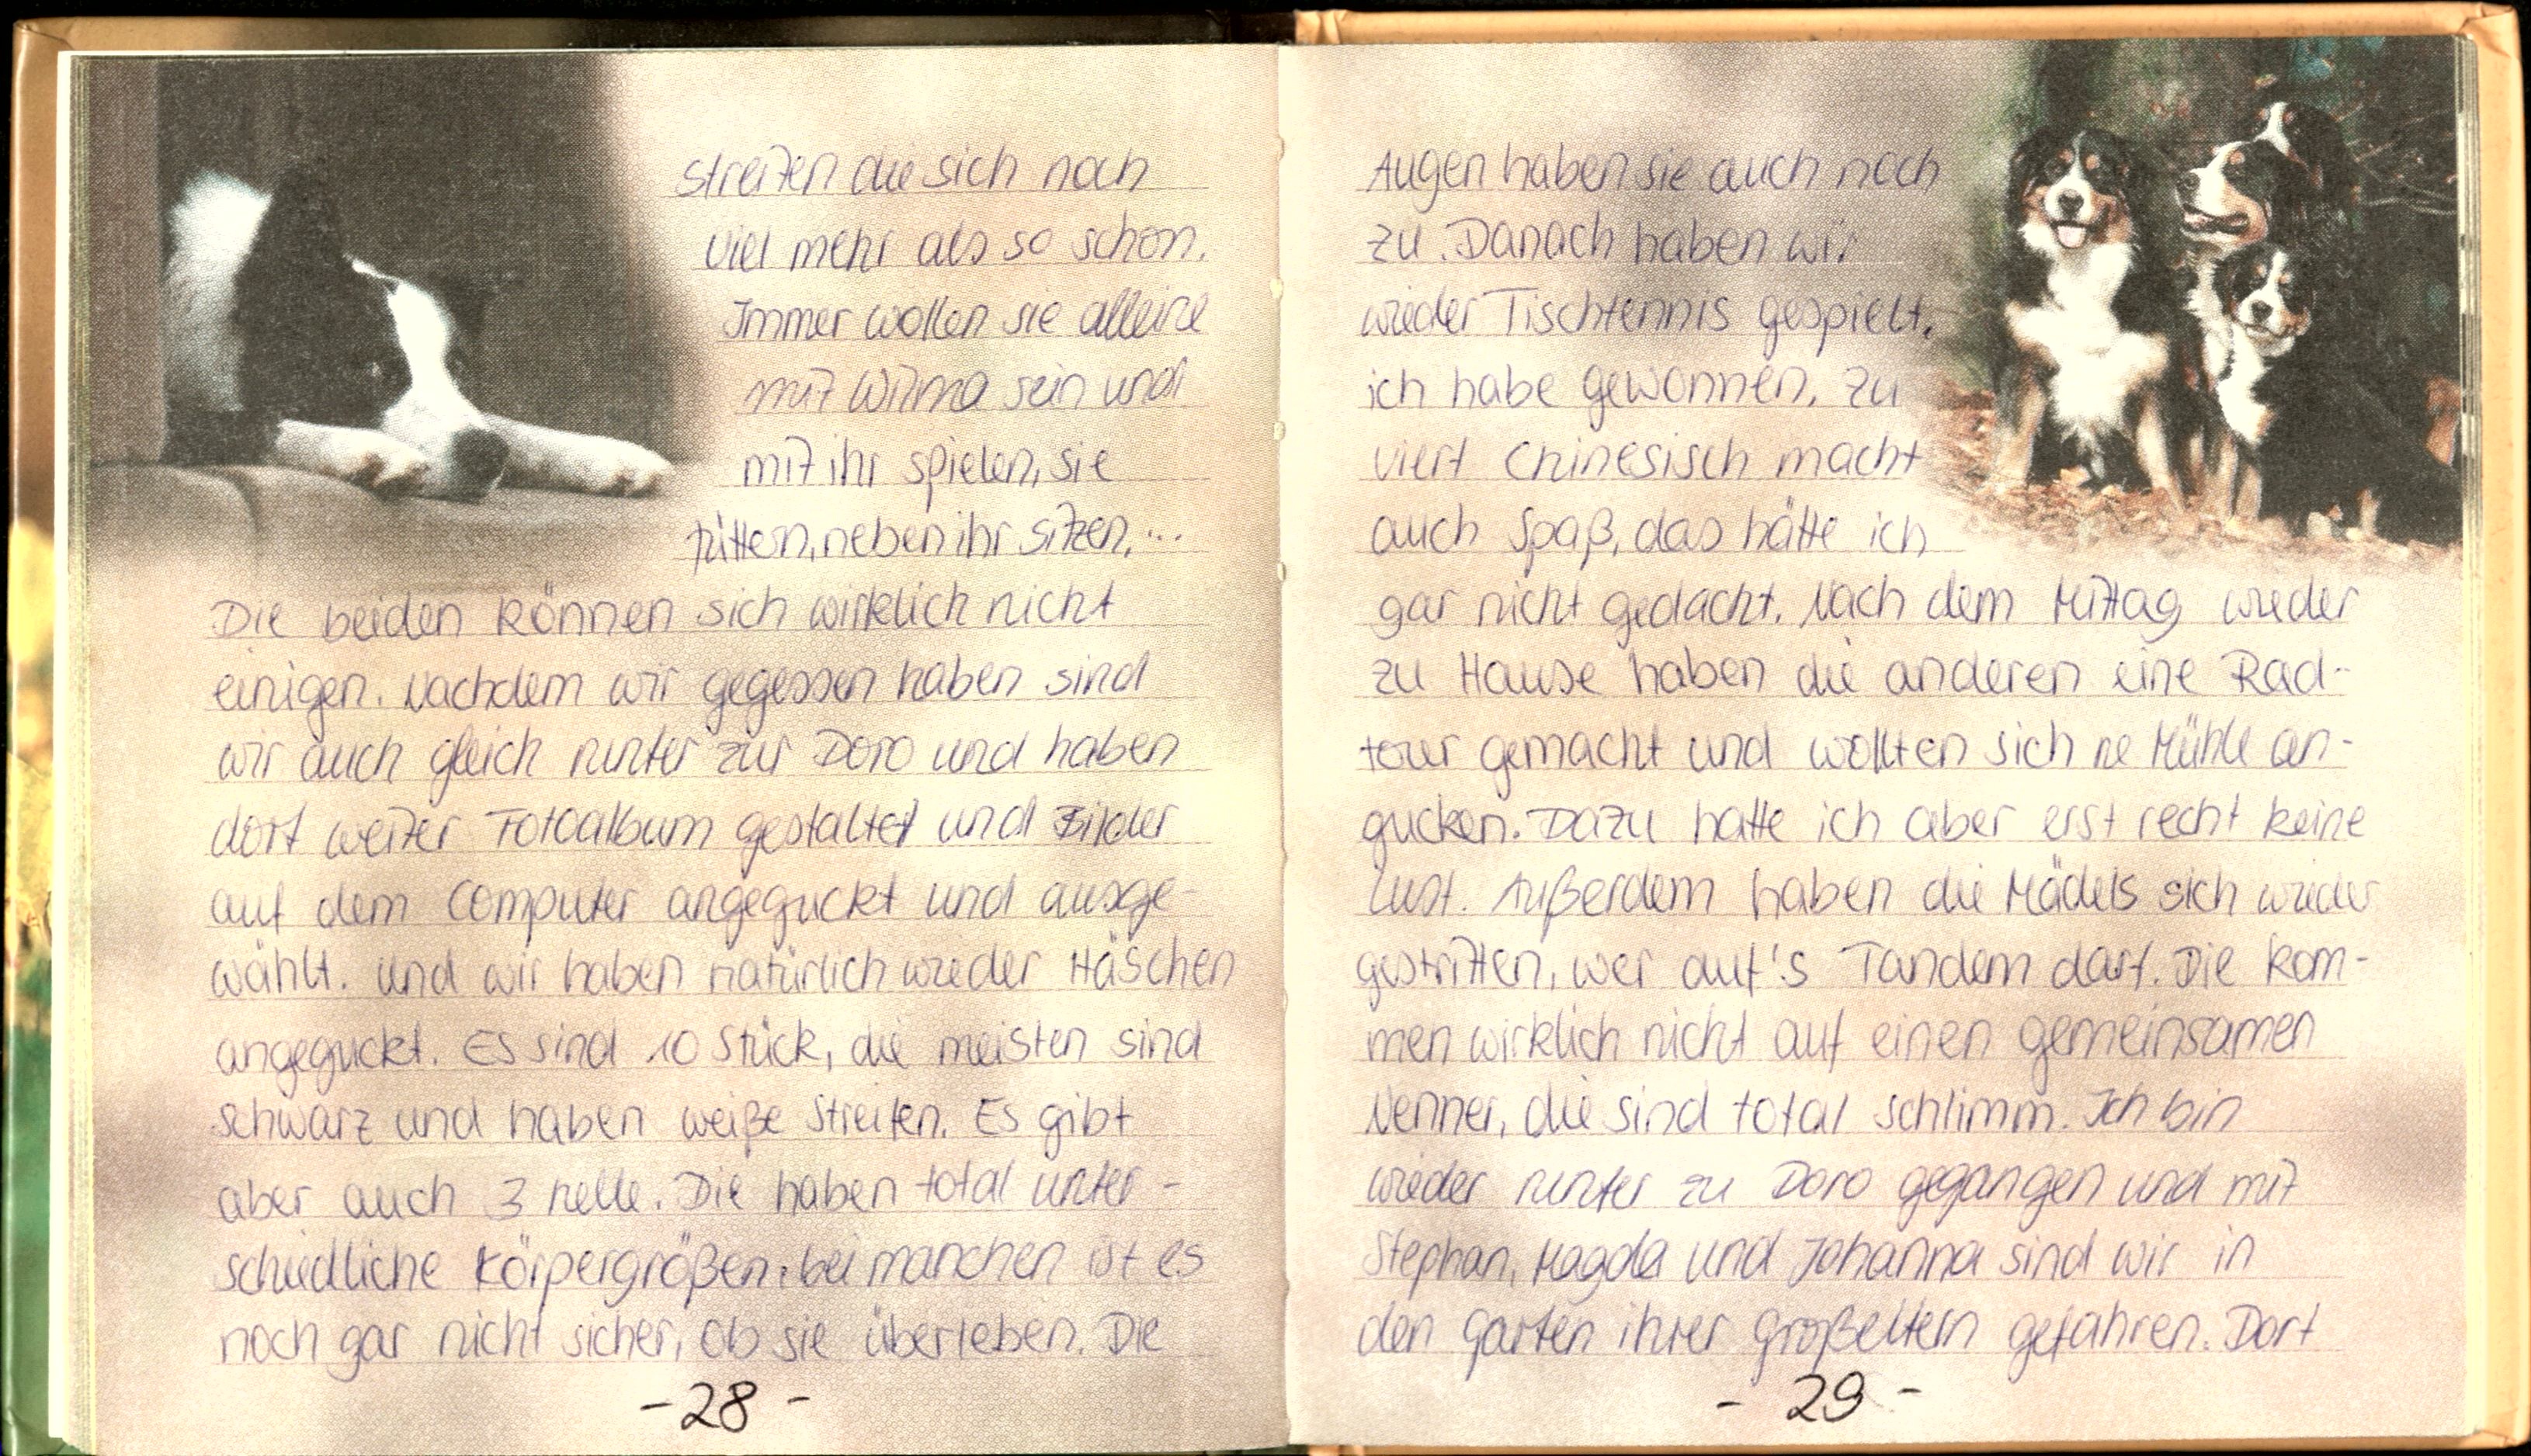
streiten die sich noch
viel mehr als so schon.
Immer wollen sie alleine
mit Willma sein und
mit ihr spielen, sie
füttern, neben ihr sitzen,...
Die beiden können sich wirklich nicht
einigen. Nachdem wir gegessen haben sind
wir auch gleich runter zur Doro und haben
dort weiter Fotoalbum gestaltet und Bilder
auf dem Computer angeguckt und ausge-
wählt. Und wir haben natürlich wieder Häschen
angeguckt. Es sind 10 Stück, die meisten sind
schwarz und haben weiße Streifen. Es gibt
aber auch 3 helle. Die haben total unter-
schiedliche Körpergrößen, bei manchen ist es
noch gar nicht sicher, ob sie überleben. Die

Augen haben sie auch noch
zu. Danach haben wir
wieder Tischtennis gespielt.
ich habe gewonnen. Zu
viert Chinesisch macht
auch Spaß, das hätte ich
gar nicht gedacht. Nach dem Mittag wieder
zu Hause haben die anderen eine Rad-
tour gemacht und wollten sich ne Mühle an-
gucken. Dazu hatte ich aber erst recht keine
Lust. Außerdem haben die Mädiels sich wieder
gestritten, wer auf's Tandem darf. Die kom-
men wirklich nicht auf einen gemeinsamen
Nenner, die sind total schlimm. Ich bin
wieder runter zu Doro gegangen und mit
Stephan, Magda und Johanna sind wir in
den Garten ihrer Großeltern gefahren. Dort